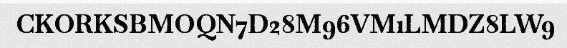
CKORKSBMOQN7D28M96VM1LMDZ8LW9